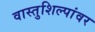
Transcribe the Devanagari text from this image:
वास्तुशिल्पांवर